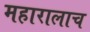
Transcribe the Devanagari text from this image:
महारालाच